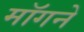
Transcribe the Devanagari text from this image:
माॅगने